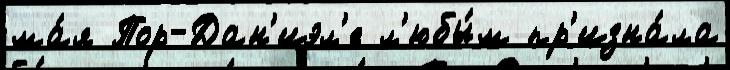
ма́я Пор-Дан'иэл'е л'юбы́м пр'изна́ла